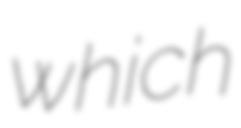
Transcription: which